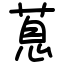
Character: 蒠